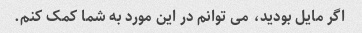
اگر مایل بودید، می توانم در این مورد به شما کمک کنم.